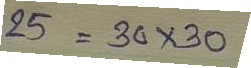
25 = 30 x 30